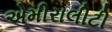
એમીરાલીટી